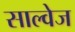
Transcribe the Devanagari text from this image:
साल्वेज